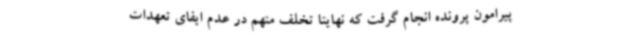
پیرامون پرونده انجام گرفت که نهایتا تخلف متهم در عدم ایفای تعهدات